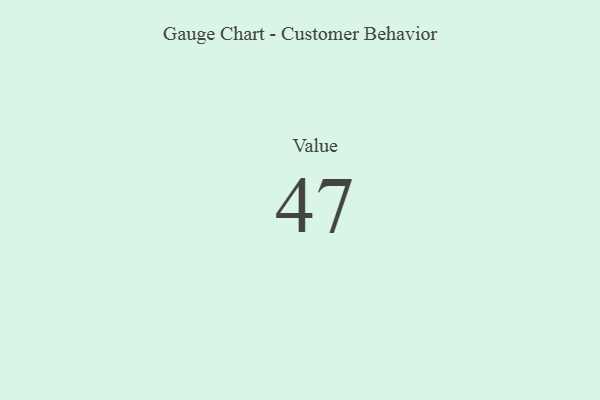
{"axis": {"x": "Metric", "y": "Value"}, "legend": [""], "data": [{"x": "Value", "y": 47, "type": ""}]}